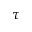
\tau